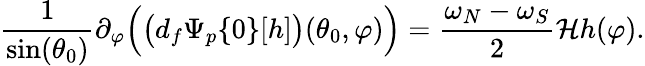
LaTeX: \frac{1}{\sin(\theta_{0})}\partial_{\varphi}\Big(\big(d_{f}\Psi_{p}\{ 0\} [h]\big)(\theta_{0},\varphi)\Big)=\frac{\omega_{N}-\omega_{S}}{2}\mathcal{H}h(\varphi).